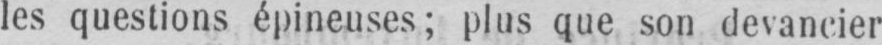
les questions épineuses; plus que son devancier